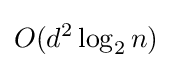
O(d^{2}\log _{2}n)